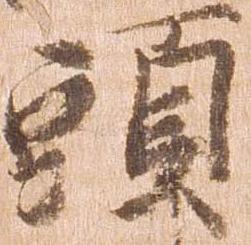
頭